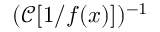
( \mathcal { C } [ 1 / f ( x ) ] ) ^ { - 1 }